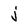
Character: j